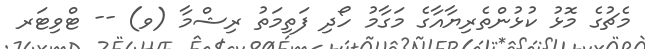
މެޗުގެ މޮޅު ކުޅުންތެރިޔާއާގެ މަގާމު ހޯދި ފަތިމަތު ރިޝްމާ (ވ) -- ޓްވިޓަރ